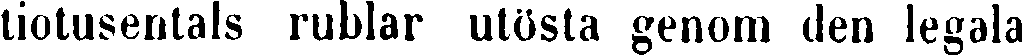
tiotusentals rublar utösta genom den legala